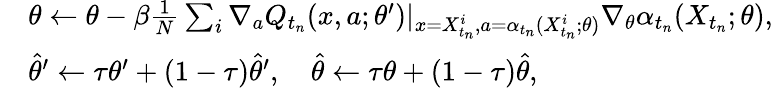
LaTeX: \begin{array}{rl}&{\theta\leftarrow\theta-\beta\frac{1}{N}\sum_{i}\nabla_{a}Q_{t_{n}}(x,a;\theta^{\prime})\vert_{x=X_{t_{n}}^{i},a=\alpha_{t_{n}}(X_{t_{n}}^{i};\theta)}\nabla_{\theta}\alpha_{t_{n}}(X_{t_{n}};\theta),}\\ &{\hat{\theta}^{\prime}\leftarrow\tau\theta^{\prime}+(1-\tau)\hat{\theta}^{\prime},\quad\hat{\theta}\leftarrow\tau\theta+(1-\tau)\hat{\theta},}\end{array}